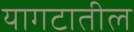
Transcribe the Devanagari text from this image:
यागटातील